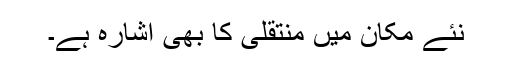
نئے مکان میں منتقلی کا بھی اشارہ ہے۔